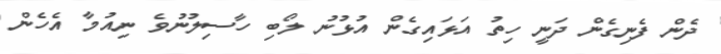
ދެން ފެނިގެން ދަނީ ހިތު އަޅައިގެން އުޅުނު ލޯބި ހާސިލުނުވެ ނިއުމާ އެހެން